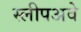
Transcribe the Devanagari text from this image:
स्लीपअवे